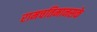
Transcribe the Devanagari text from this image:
रामचतिमानसके